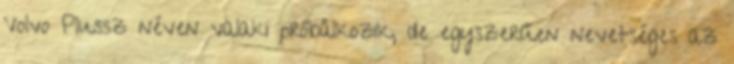
Volvo Plussz néven valaki próbálkozik, de egyszerűen nevetséges az